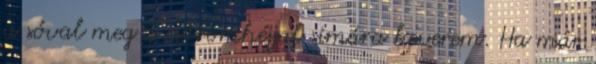
a sóval meg a citromhéjjal simára keverem. Ha már